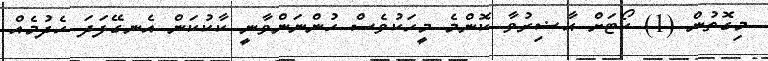
މިގޮތުން (1) ކޯޓަށް ޙާޟިރުވާ ކޮންމެ މީހަކުވެސް ހުންނަންވާނީ ކާކުކަން އެނގޭފަދަ ހެދުމެއް